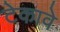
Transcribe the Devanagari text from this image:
टेकावे